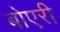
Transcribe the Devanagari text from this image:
बोएरी